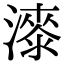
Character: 𣾰